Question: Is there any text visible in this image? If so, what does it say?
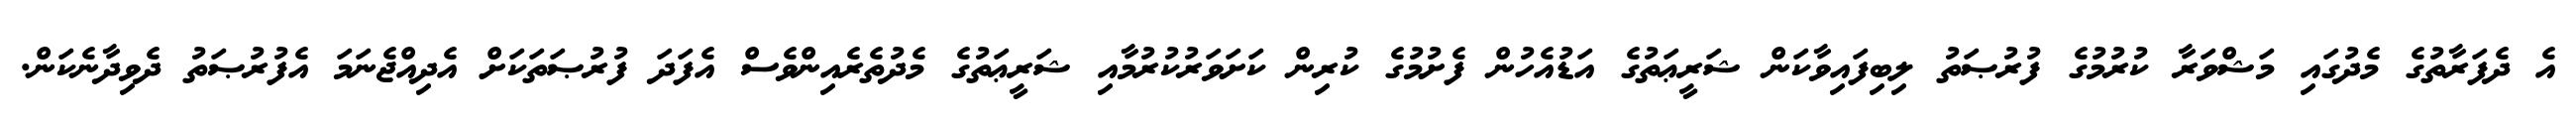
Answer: އެ ދެފަރާތުގެ މެދުގައި މަޝްވަރާ ކުރުމުގެ ފުރުޞަތު ލިބިފައިވާކަން ޝަރީޢަތުގެ އަޑުއެހުން ފެށުމުގެ ކުރިން ކަށަވަރުކުރުމާއި ޝަރީޢަތުގެ މެދުތެރެއިންވެސް އެފަދަ ފުރުޞަތަކަށް އެދިއްޖެނަމަ އެފުރުޞަތު ދެވިދާނެކަން.